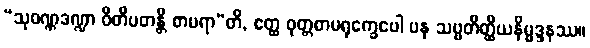
“သုဝဏ္ဏဒဏ္ဍာ ဝီတိပတန္တိ စာမရာ”တိ, ဧတ္ထ ဝုတ္တစာမရုက္ခေပေါ ပန သဗ္ဗတိတ္ထိယနိမ္မဒ္ဒနဿ။